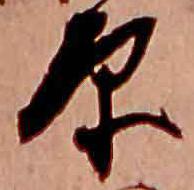
原